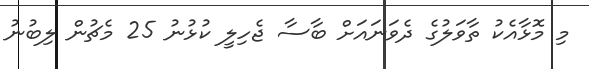
މި މޮޅާއެކު ތާވަލުގެ ދެވަނައަށް ބާސާ ޖެހިލީ ކުޅުނު 25 މެޗުން ލިބުނު